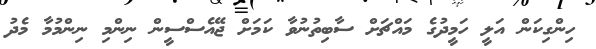
ހިންގިކަން އަލީ ހަމީދުގެ މައްޗަށް ސާބިތުނުވާ ކަމަށް ޖޭއެސްސީން ނިންމި ނިންމުމާ މެދު